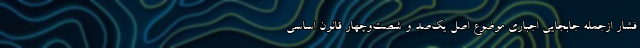
فشار ازجمله جابجایی اجباری موضوع اصل یک‌صد و شصت‌وچهار قانون اساسی